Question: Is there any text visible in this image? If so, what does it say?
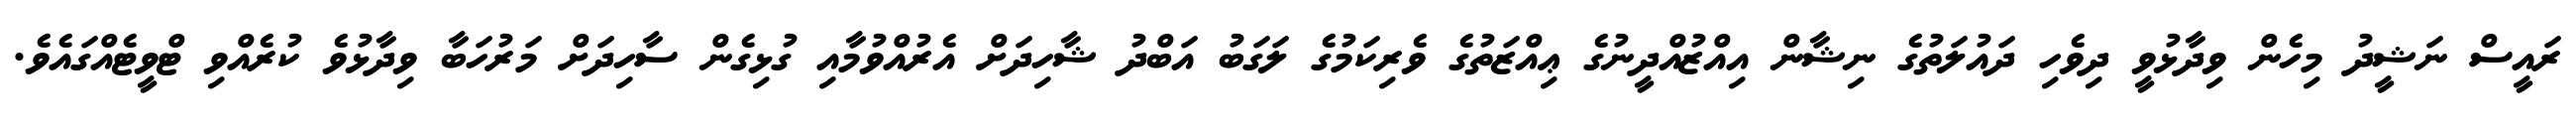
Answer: ރައީސް ނަޝީދު މިހެން ވިދާޅުވީ ދިވެހި ދައުލަތުގެ ނިޝާން އިއްޒުއްދީނުގެ ޢިއްޒަތުގެ ވެރިކަމުގެ ލަގަބު އަބްދު ޝާހިދަށް އެރުއްވުމާއި ގުޅިގެން ސާހިދަށް މަރުހަބާ ވިދާޅުވެ ކުރެއްވި ޓްވީޓެއްގައެވެ.